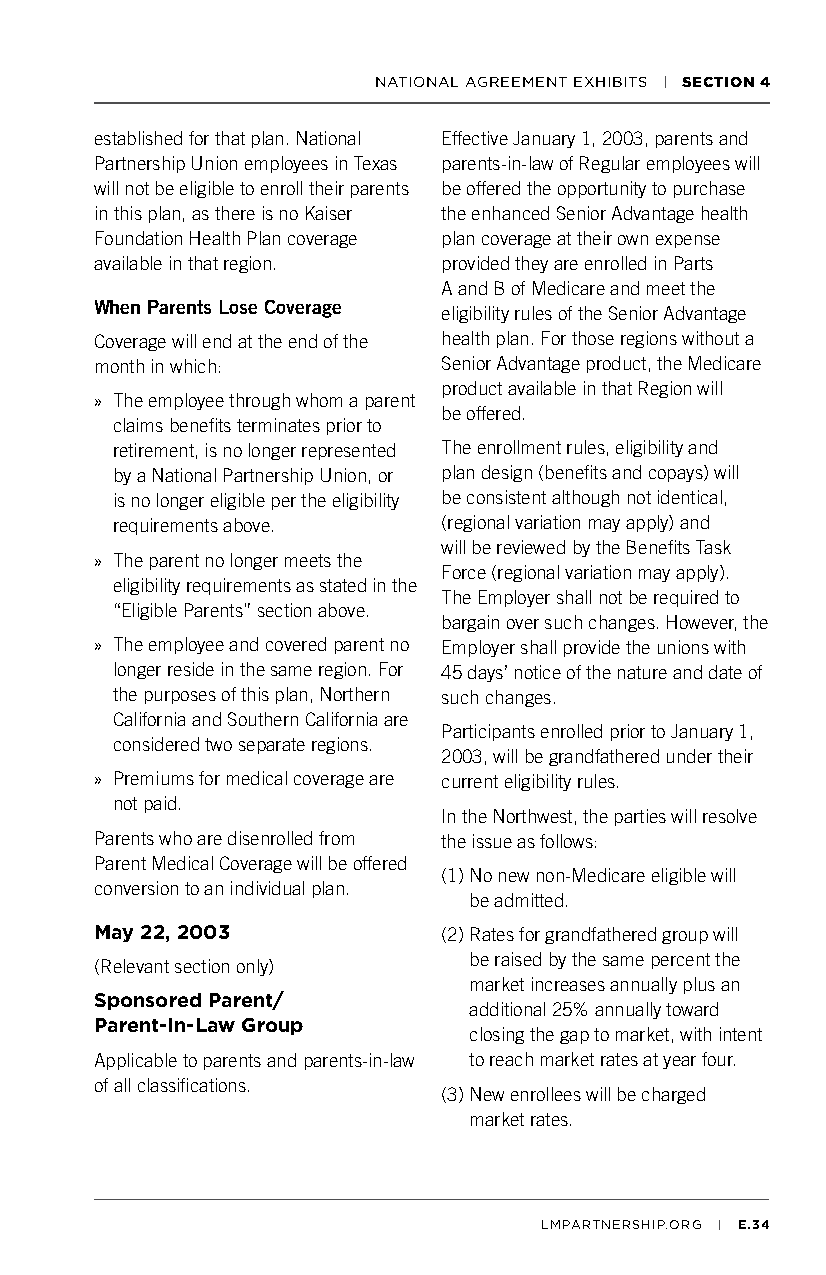
NATIONAL AGREEMENT EXHIBITS | SECTION 4
 established for that plan. National Effective January 1, 2003, parents and
 Partnership Union employees in Texas parents-in-law of Regular employees will
 will not be eligible to enroll their parents be offered the opportunity to purchase
 in this plan, as there is no Kaiser the enhanced Senior Advantage health
 Foundation Health Plan coverage plan coverage at their own expense
 available in that region. provided they are enrolled in Parts
 A and B of Medicare and meet the
 When Parents Lose Coverage
 eligibility rules of the Senior Advantage
 Coverage will end at the end of the health plan. For those regions without a
 month in which:        Senior Advantage product, the Medicare
 product available in that Region will
 » The employee through whom a parent
 be offered.
 claims benefits terminates prior to
 retirement, is no longer represented The enrollment rules, eligibility and
 by a National Partnership Union, or plan design (benefits and copays) will
 is no longer eligible per the eligibility be consistent although not identical,
 requirements above.   (regional variation may apply) and
 will be reviewed by the Benefits Task
 » The parent no longer meets the
 Force (regional variation may apply).
 eligibility requirements as stated in the
 The Employer shall not be required to
 “Eligible Parents” section above.
 bargain over such changes. However, the
 » The employee and covered parent no Employer shall provide the unions with
 longer reside in the same region. For 45 days’ notice of the nature and date of
 the purposes of this plan, Northern such changes.
 California and Southern California are
 Participants enrolled prior to January 1,
 considered two separate regions.
 2003, will be grandfathered under their
 » Premiums for medical coverage are current eligibility rules.
 not paid.
 In the Northwest, the parties will resolve
 Parents who are disenrolled from the issue as follows:
 Parent Medical Coverage will be offered
 (1) No new non-Medicare eligible will
 conversion to an individual plan.
 be admitted.
 May 22, 2003           (2) Rates for grandfathered group will
 be raised by the same percent the
 (Relevant section only)
 market increases annually plus an
 Sponsored Parent/
 additional 25% annually toward
 Parent-In-Law Group
 closing the gap to market, with intent
 Applicable to parents and parents-in-law to reach market rates at year four.
 of all classifications.
 (3) New enrollees will be charged
 market rates.
 LMPARTNERSHIP.ORG | E.34